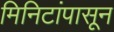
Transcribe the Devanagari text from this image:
मिनिटांपासून